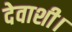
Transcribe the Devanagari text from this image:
देवाशी।